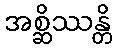
အစ္ဆိဿန္တိ